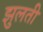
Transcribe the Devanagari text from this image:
झुलती